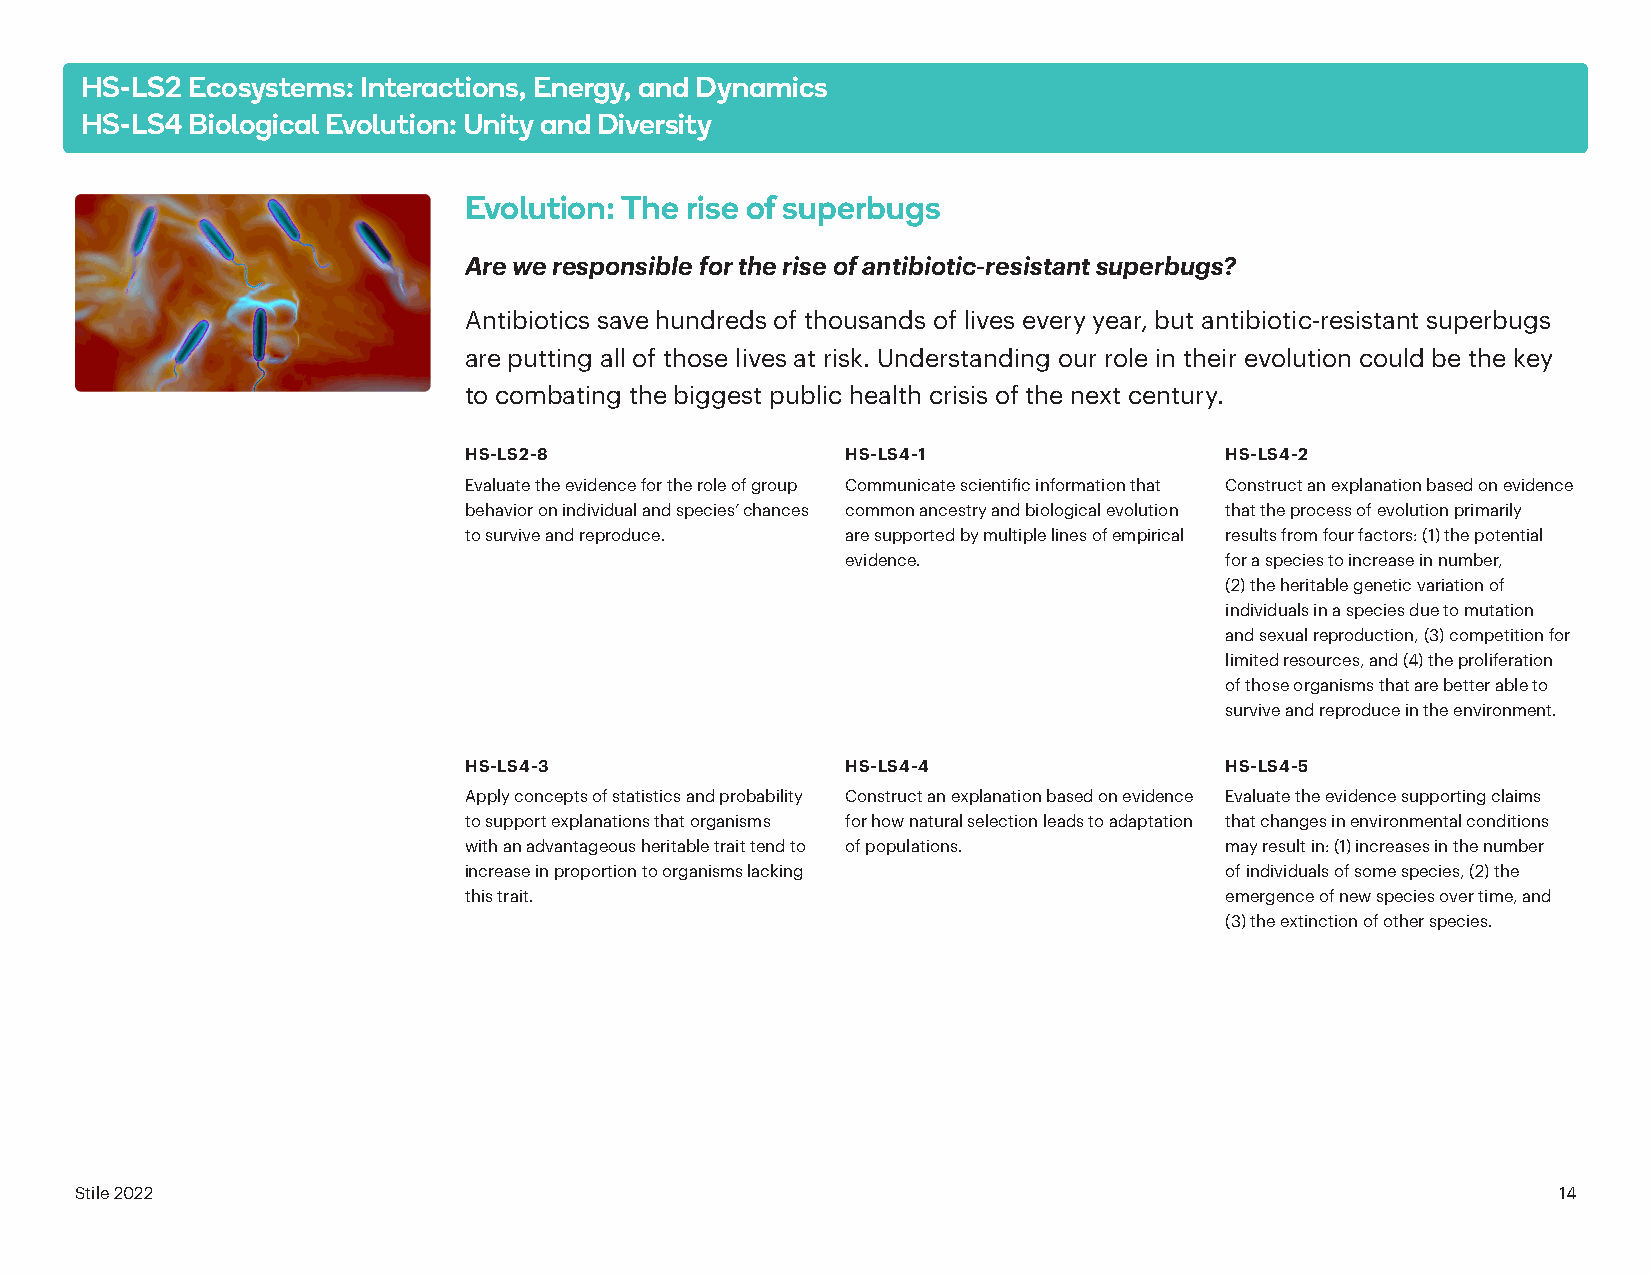
HS-LS2 Ecosystems: Interactions, Energy, and Dynamics
 HS-LS4 Biological Evolution: Unity and Diversity
 Evolution: The rise of superbugs
 Are we responsible for the rise of antibiotic-resistant superbugs?
 Antibiotics save hundreds of thousands of lives every year, but antibiotic-resistant superbugs
 are putting all of those lives at risk. Understanding our role in their evolution could be the key
 to combating the biggest public health crisis of the next century.
 HS-LS2-8                 HS-LS4-1                 HS-LS4-2
 Evaluate the evidence for the role of group Communicate scientific information that Construct an explanation based on evidence
 behavior on individual and species’ chances common ancestry and biological evolution that the process of evolution primarily
 to survive and reproduce. are supported by multiple lines of empirical results from four factors: (1) the potential
 evidence.                for a species to increase in number,
 (2) the heritable genetic variation of
 individuals in a species due to mutation
 and sexual reproduction, (3) competition for
 limited resources, and (4) the proliferation
 of those organisms that are better able to
 survive and reproduce in the environment.
 HS-LS4-3                 HS-LS4-4                 HS-LS4-5
 Apply concepts of statistics and probability Construct an explanation based on evidence Evaluate the evidence supporting claims
 to support explanations that organisms for how natural selection leads to adaptation that changes in environmental conditions
 with an advantageous heritable trait tend to of populations. may result in: (1) increases in the number
 increase in proportion to organisms lacking       of individuals of some species, (2) the
 this trait.                                       emergence of new species over time, and
 (3) the extinction of other species.
 Stile 2022                                                                                        14